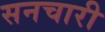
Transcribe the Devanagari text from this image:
सनचारी